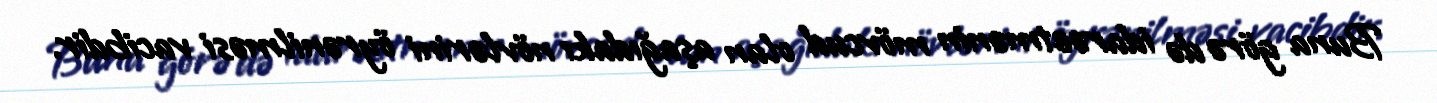
Buna görə də idarəetmənin mövcud olan aşağıdakı növlərini öyrənilməsi vacibdir.